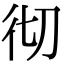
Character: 彻